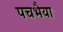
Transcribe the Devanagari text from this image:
पचभैया